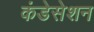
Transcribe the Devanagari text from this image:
कंडेसेशन